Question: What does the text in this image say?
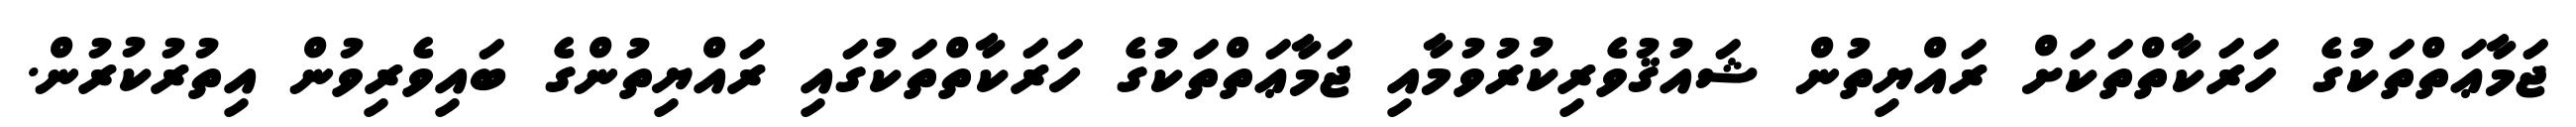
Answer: ޖަމާޢަތްތަކުގެ ހަރަކާތްތަކަށް ރައްޔިތުން ޝައުޤުވެރިކުރުވުމާއި ޖަމާޢަތްތަކުގެ ހަރަކާތްތަކުގައި ރައްޔިތުންގެ ބައިވެރިވުން އިތުރުކުރުން.